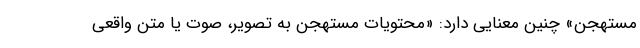
مستهجن» چنین معنایی دارد: «محتویات مستهجن به تصویر، صوت یا متن واقعی